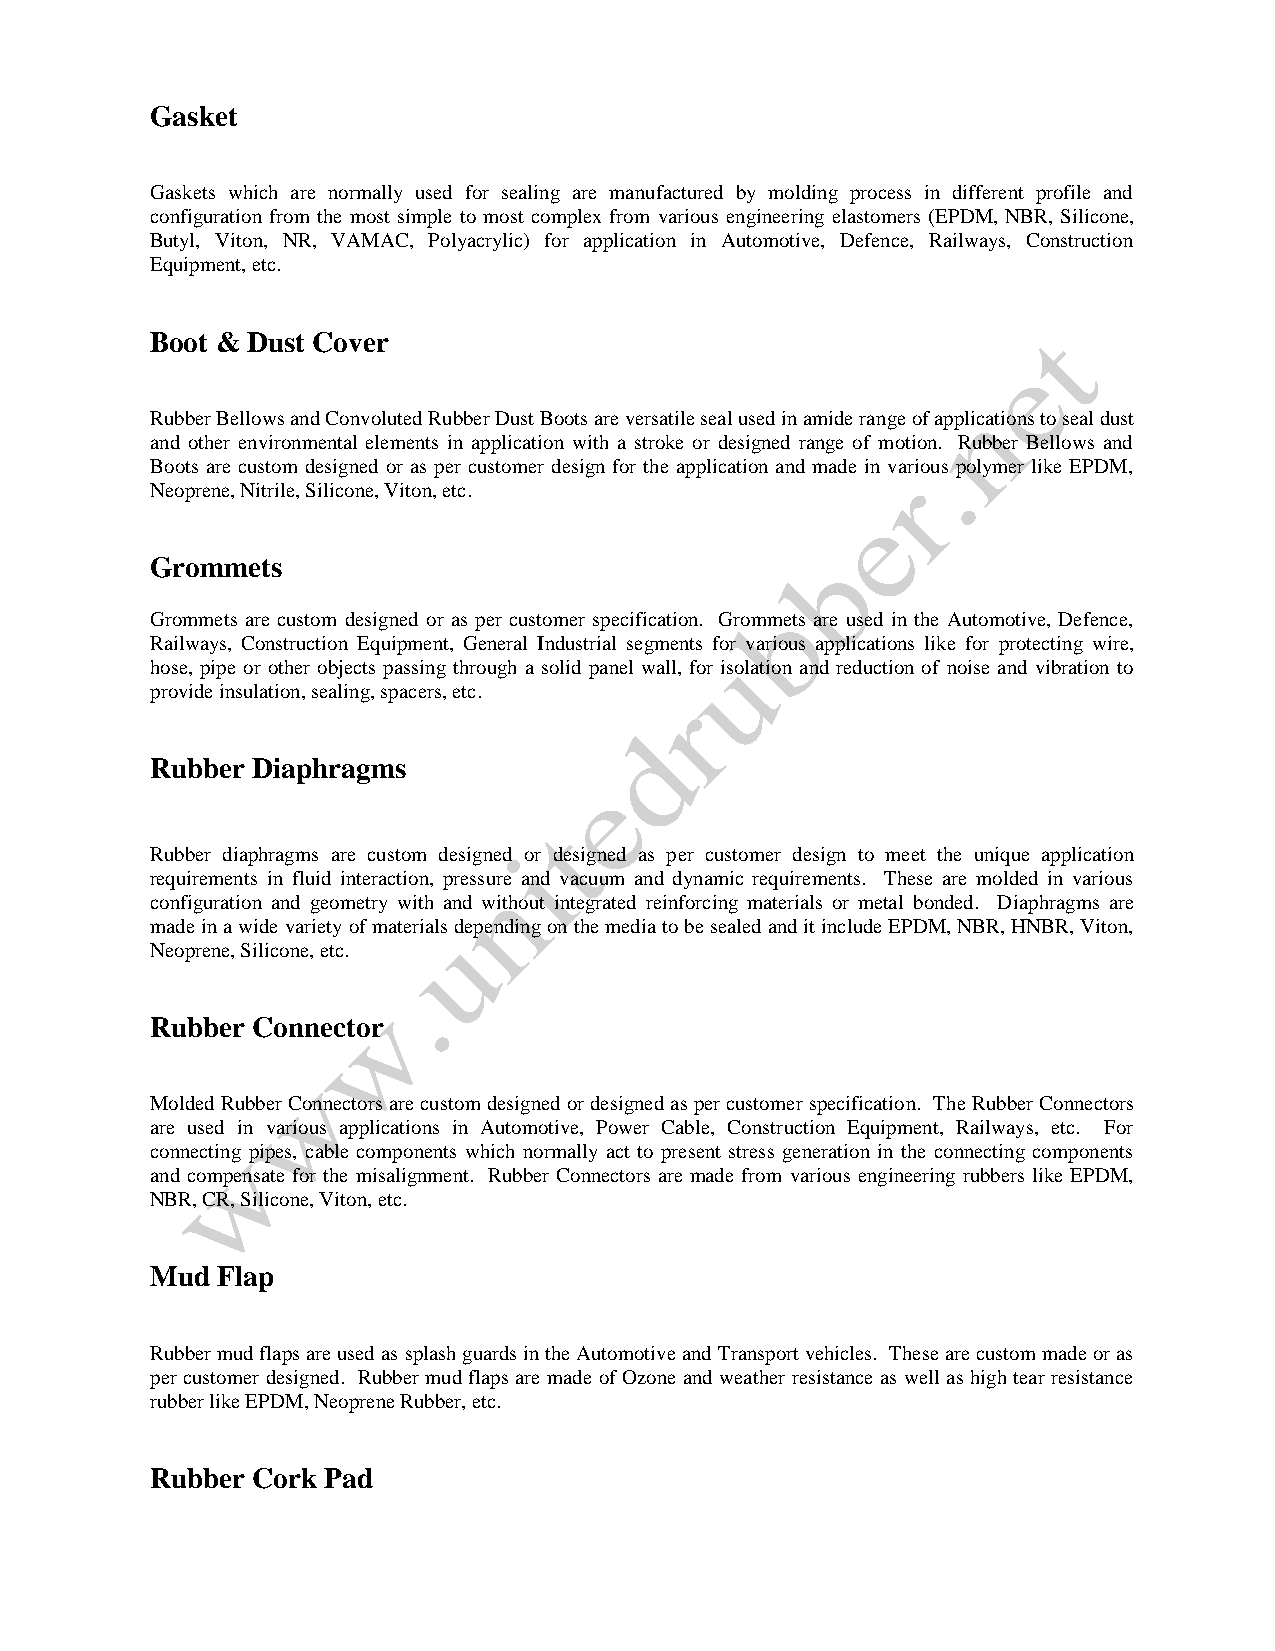
Gasket
 Gaskets which are normally used for sealing are manufactured by molding process in different profile and
 configuration from the most simple to most complex from various engineering elastomers (EPDM, NBR, Silicone,
 Butyl, Viton, NR, VAMAC, Polyacrylic) for application in Automotive, Defence, Railways, Construction
 Equipment, etc.
 Boot & Dust Cover
 Rubber Bellows and Convoluted Rubber Dust Boots are versatile seal used in amide range of applications to seal dust
 and other environmental elements in application with a stroke or designed range of motion. Rubber Bellows and
 Boots are custom designed or as per customer design for the application and made in various polymer like EPDM,
 Neoprene, Nitrile, Silicone, Viton, etc.
 Grommets
 Grommets are custom designed or as per customer specification. Grommets are used in the Automotive, Defence,
 Railways, Construction Equipment, General Industrial segments for various applications like for protecting wire,
 hose, pipe or other objects passing through a solid panel wall, for isolation and reduction of noise and vibration to
 provide insulation, sealing, spacers, etc.
 Rubber Diaphragms
 Rubber diaphragms are custom designed or designed as per customer design to meet the unique application
 requirements in fluid interaction, pressure and vacuum and dynamic requirements. These are molded in various
 configuration and geometry with and without integrated reinforcing materials or metal bonded. Diaphragms are
 made in a wide variety of materials depending on the media to be sealed and it include EPDM, NBR, HNBR, Viton,
 Neoprene, Silicone, etc.
 Rubber Connector
 Molded Rubber Connectors are custom designed or designed as per customer specification. The Rubber Connectors
 are used in various applications in Automotive, Power Cable, Construction Equipment, Railways, etc. For
 connecting pipes, cable components which normally act to present stress generation in the connecting components
 and compensate for the misalignment. Rubber Connectors are made from various engineering rubbers like EPDM,
 NBR, CR, Silicone, Viton, etc.
 Mud Flap
 Rubber mud flaps are used as splash guards in the Automotive and Transport vehicles. These are custom made or as
 per customer designed. Rubber mud flaps are made of Ozone and weather resistance as well as high tear resistance
 rubber like EPDM, Neoprene Rubber, etc.
 Rubber Cork Pad